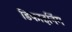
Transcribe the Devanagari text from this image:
डिफाइनिंग